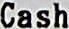
CASH